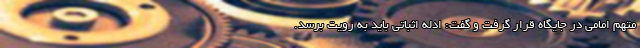
متهم امامی در جایگاه قرار گرفت و گفت: ادله اثباتی باید به رویت برسد.